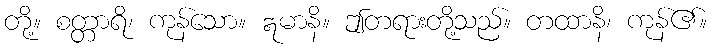
တို့။ စတ္တာရိ၊ ကုန်သော။ ဣမာနိ။ ဤတရားတို့သည်။ တထာနိ၊ ကုန်၏။